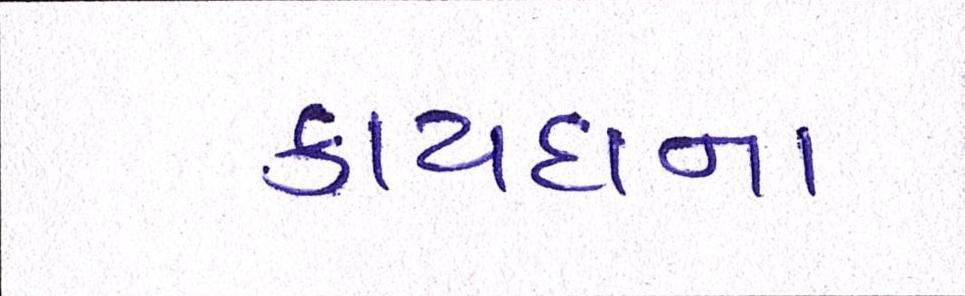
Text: કાયદાના